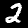
Label: 2